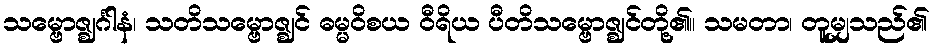
သမ္ဗောဇ္ဈင်္ဂါနံ၊ သတိသမ္ဗောဇ္ဈင် ဓမ္မဝိစယ ဝီရိယ ပီတိသမ္ဗောဇ္ဈင်တို့၏။ သမတာ၊ တူမျှသည်၏